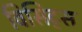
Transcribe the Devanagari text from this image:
विसिट्स